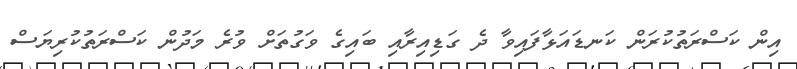
އިން ކަސްރަތުކުރަން ކަނޑައަޅާފައިވާ ދެ ގަޑިއިރާއި ބައިގެ ވަގުތަށް ވުރެ މަދުން ކަސްރަތުކުރިޔަސް